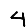
Digit: 4